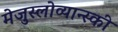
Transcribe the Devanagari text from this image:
मेजुस्लोव्यान्स्की